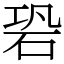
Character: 䂬